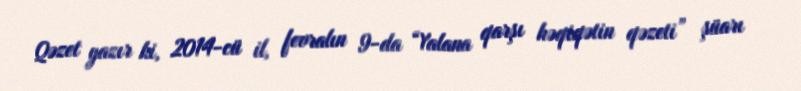
Qəzet yazır ki, 2014-cü il, fevralın 9-da “Yalana qarşı həqiqətin qəzeti” şüarı